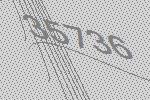
35736